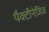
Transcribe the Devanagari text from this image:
पैक्टीनेजिज